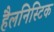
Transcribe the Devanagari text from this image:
हैलनिस्टिक